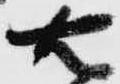
右